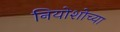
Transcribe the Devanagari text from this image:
नियोशोच्या